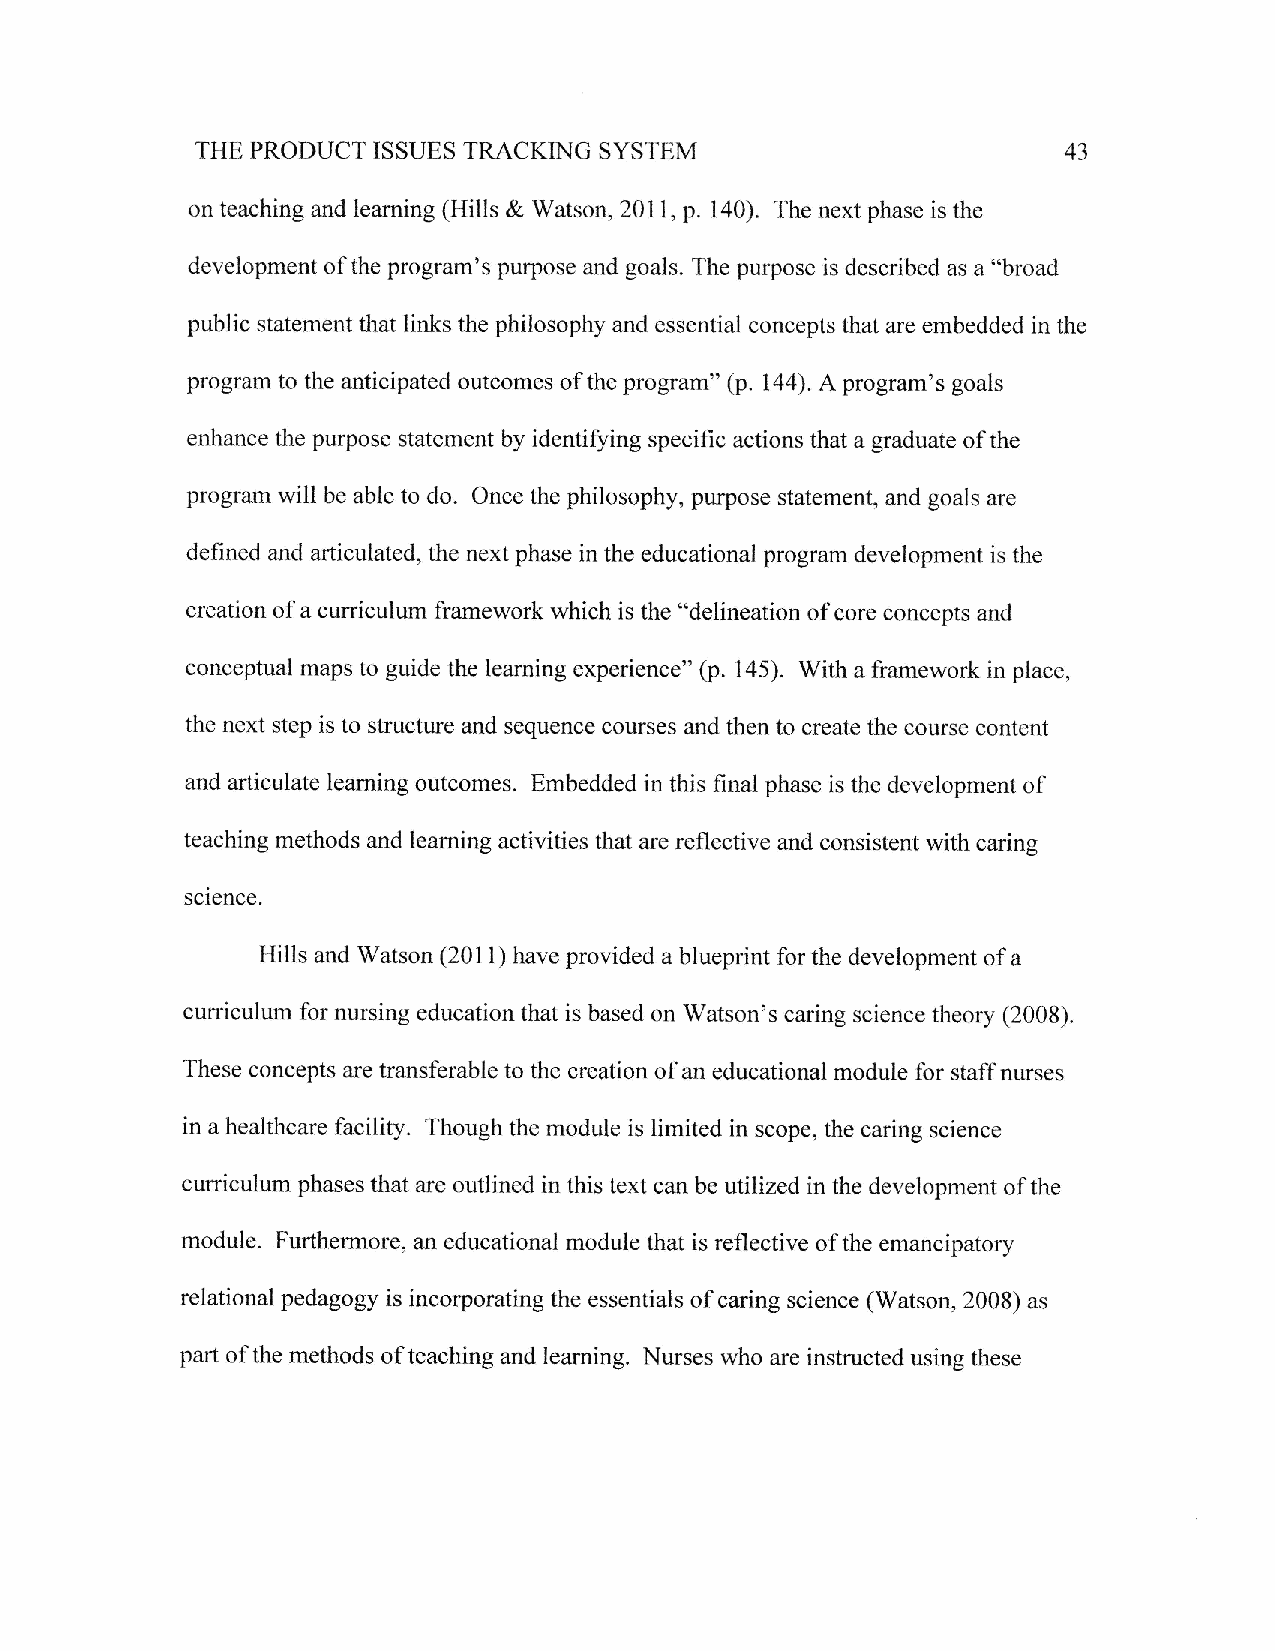
SYSTEM
 THE PRODUCT ISSUES TRACKING                               43
 on teaching and learning (Hills & Watson,20l 1, p. 140). The next phase is the
 development of the program's purpose and goals. The purpose is described as a "broad
 public statement that links the philosophy and essential concepts that are embedded in the
 program to the anticipated outcomes of the program" (p. 144). Aprogram's goals
 enhance the purpose statement by identifying specific actions that a graduate of the
 program will be able to do. Once the philosophy, purpose statement, and goals are
 defined and articulated, the next phase in the educational program development is the
 creation of a curriculum framework which is the "delineation of core concepts and
 conceptual maps to guide the learning experience" (p. 145). With a framework in place,
 the next step is to structure and sequence courses and then to create the course content
 and articulate learning outcomes. Embedded in this final phase is the development of
 teaching methods and learning activities that are reflective and consistent with caring
 sclence
 Hills and Watson (2011) have provided a blueprint for the development of a
 curriculum for nursing education that is based on Watson's caring science theory (200S).
 These concepts are transferable to the creation of an educational module for staff nurses
 in a healthcare facility. Though the module is limited in scope, the caring science
 curriculum phases that are outlined in this text can be utilized in the development of the
 module. Furthermore, an educational module that is reflective of the emancipatory
 relational pedagogy is incorporating the essentials of caring science (Watson, 2008) as
 part of the methods ofteaching and learning. Nurses who are instructed using these